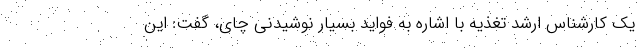
یک کارشناس ارشد تغذیه با اشاره به فواید بسیار نوشیدنی چای، گفت: این